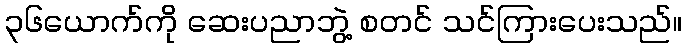
၃၆ယောက်ကို ဆေးပညာဘွဲ့ စတင် သင်ကြားပေးသည်။